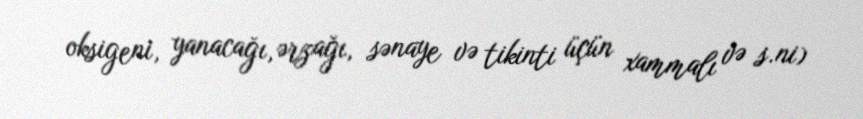
oksigeni, yanacağı, ərzağı, sənaye və tikinti üçün xammalı və s.ni)